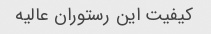
کیفیت این رستوران عالیه